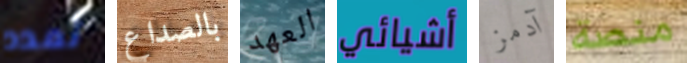
تمدد بالصداع العهد أشيائي آدمز منصة